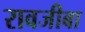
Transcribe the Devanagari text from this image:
रावजीबा